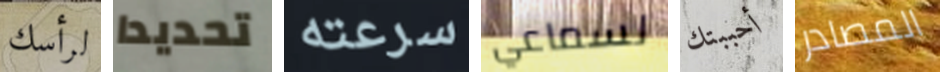
لرأسك تحديدا سرعته لسماعي أحببتك المصادر